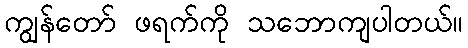
ကျွန်တော် ဖရက်ကို သဘောကျပါတယ်။